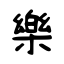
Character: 樂